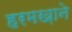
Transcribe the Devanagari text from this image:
हरमख़ाने